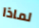
لماذا